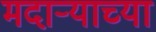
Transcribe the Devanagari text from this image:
मदाऱ्याच्या